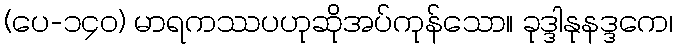
(ပေ-၁၄၀) မာရကဿပဟုဆိုအပ်ကုန်သော။ ခုဒ္ဒါနုနဒ္ဒကေ၊